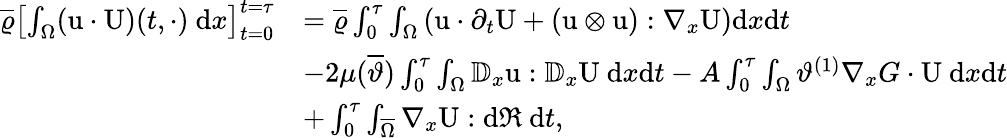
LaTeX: \begin{array}{rl}{\overline{{\varrho}}\left[\int_{\Omega}(\textbf{\textup{u}}\cdot\textbf{\textup{U}})(t,\cdot)\ \textup{d}x\right]_{t=0}^{t=\tau}}&{=\overline{{\varrho}}\int_{0}^{\tau}\int_{\Omega}\left(\textbf{\textup{u}}\cdot\partial_{t}\textbf{\textup{U}}+(\textbf{\textup{u}}\otimes\textbf{\textup{u}}):\nabla_{x}\textbf{\textup{U}}\right)\textup{d}x\textup{d}t}\\ &{-2\mu(\overline{{\vartheta}})\int_{0}^{\tau}\int_{\Omega}\mathbb{D}_{x}\textbf{\textup{u}}:\mathbb{D}_{x}\textbf{\textup{U}}\ \textup{d}x\textup{d}t-A\int_{0}^{\tau}\int_{\Omega}\vartheta^{(1)}\nabla_{x}G\cdot\textbf{\textup{U}}\ \textup{d}x\textup{d}t}\\ &{+\int_{0}^{\tau}\int_{\overline{{\Omega}}}\nabla_{x}\textbf{\textup{U}}:\textup{d}\mathfrak{R}\ \textup{d}t,}\end{array}